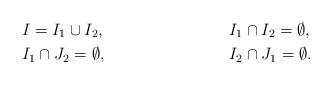
LaTeX: \begin{align*} &I = I_1 \cup I_2,&& I_1 \cap I_2 = \emptyset,\\ &I_1 \cap J_2 = \emptyset, && I_2 \cap J_1 = \emptyset.\end{align*}